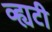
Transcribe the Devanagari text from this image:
व्ह्यटी